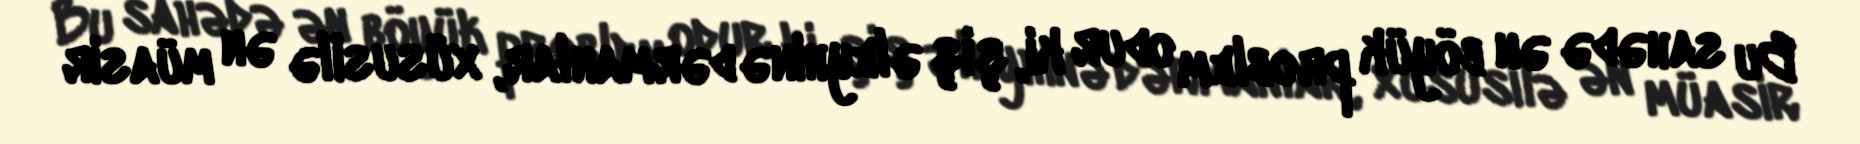
Bu sahədə ən böyük problem odur ki, şiş əleyhinə dərmanlar, xüsusilə ən müasir